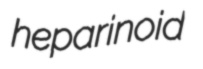
heparinoid